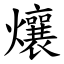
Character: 爙